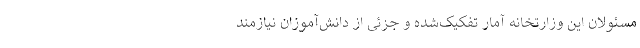
مسئولان این وزارتخانه آمار تفکیک‌شده و جزئی از دانش‌آموزان نیازمند